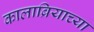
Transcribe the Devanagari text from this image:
कालाब्रियाच्या